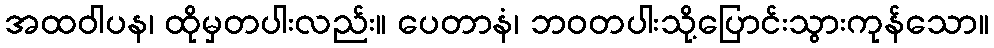
အထဝါပန၊ ထိုမှတပါးလည်း။ ပေတာနံ၊ ဘဝတပါးသို့ပြောင်းသွားကုန်သော။